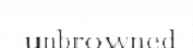
unbrowned